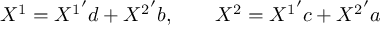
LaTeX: X ^ { 1 } = { X ^ { 1 } } ^ { \prime } d + { X ^ { 2 } } ^ { \prime } b , \qquad X ^ { 2 } = { X ^ { 1 } } ^ { \prime } c + { X ^ { 2 } } ^ { \prime } a